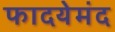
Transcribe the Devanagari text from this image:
फादयेमंद